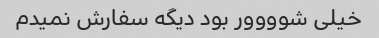
خیلی شوووور بود دیگه سفارش نمیدم